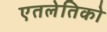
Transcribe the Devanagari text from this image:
एतलेतिको